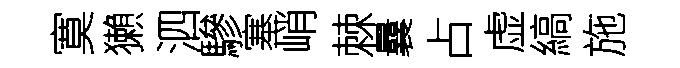
寞獺泗驂塞峭棘曩占虚縞施